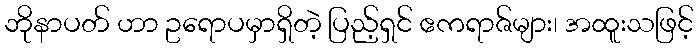
ဘိုနာပတ် ဟာ ဥရောပမှာရှိတဲ့ ပြည့်ရှင် ဧကရာဇ်များ၊ အထူးသဖြင့်